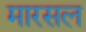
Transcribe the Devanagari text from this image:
मारसल